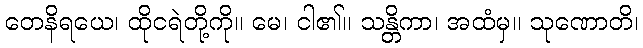
တေနိရယေ၊ ထိုငရဲတို့ကို။ မေ၊ ငါ၏။ သန္တိကာ၊ အထံမှ။ သုဏောတိ၊